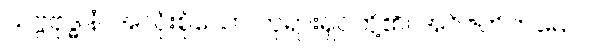
သဗ္ဗဗုဒ္ဓါနံ၊ အလုံးစုံသော ဘုရားရှင်တို့၏။ အဝိဇဟိတမေဝ၊